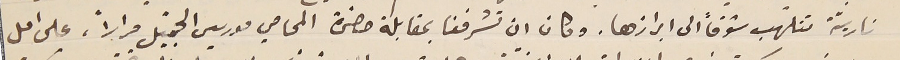
ناريّة تتلهب شوقاً الى ابرازها. وكان ان تشرفنا بمقابلة حضرة المحامي موريس الجميّل مراراً، على امل